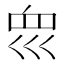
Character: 𡿻